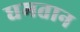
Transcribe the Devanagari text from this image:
धमतान